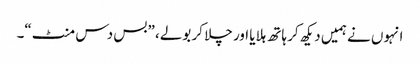
انہوں نے ہمیں دیکھ کر ہاتھ ہلایا اور چلا کر بولے، ”بس دس منٹ“۔